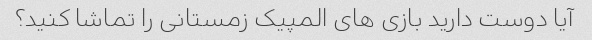
آیا دوست دارید بازی های المپیک زمستانی را تماشا کنید؟